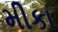
મીકા